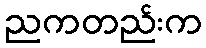
ညကတည်းက